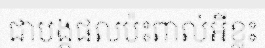
ជាបង្កផលប៉ះពាល់អីខ្លះ